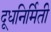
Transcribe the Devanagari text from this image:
दूधनिर्मिती